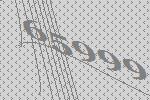
65999